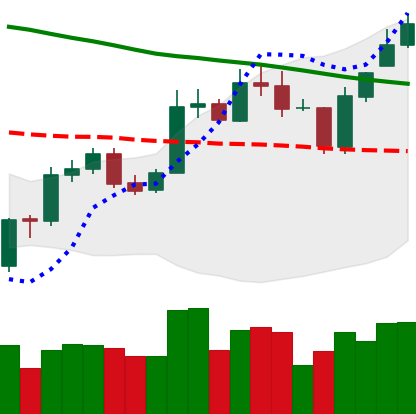
Ticker: ETC-USD
Chart end date: 2020-01-06
Forward return: 10.582%
Label: up_7plus